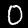
Label: 0